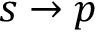
s \rightarrow p